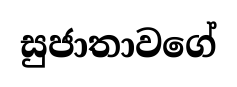
සුජාතාවගේ